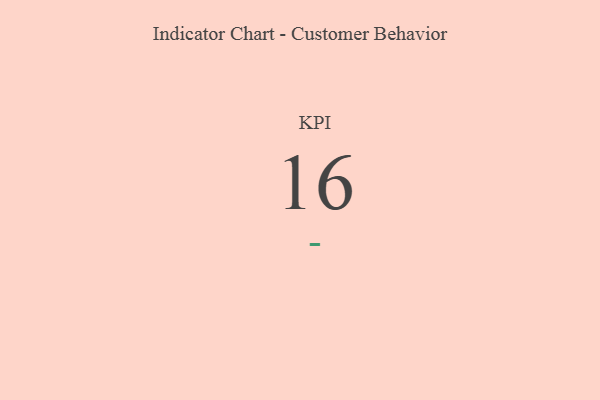
{"axis": {"x": "KPI", "y": "Value"}, "legend": [""], "data": [{"x": "KPI", "y": 16, "type": ""}]}